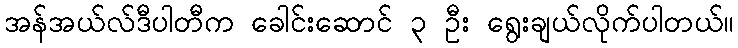
အန်အယ်လ်ဒီပါတီက ခေါင်းဆောင် ၃ ဦး ရွေးချယ်လိုက်ပါတယ်။